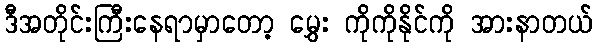
ဒီအတိုင်းကြီးနေရာမှာတော့ မွှေး ကိုကိုနိုင်ကို အားနာတယ်